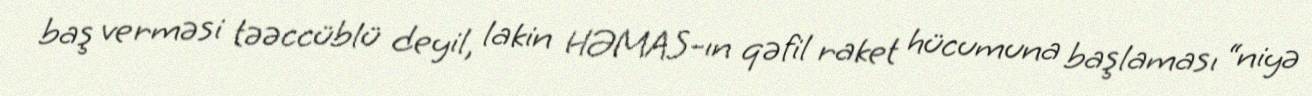
baş verməsi təəccüblü deyil, lakin HƏMAS-ın qəfil raket hücumuna başlaması “niyə